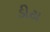
ડીટા